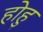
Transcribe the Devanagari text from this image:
होहु